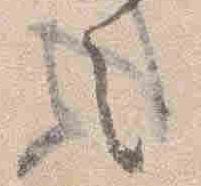
之